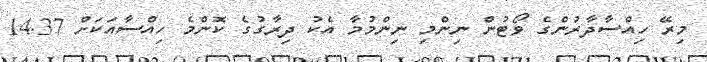
މިރޭ ހިއްސާދާރުންގެ ވޯޓުން ނިންމި ނިންމުމާ އެކު ދިރާގުގެ ކޮންމެ ހިއްސާއަކަށް 14.37